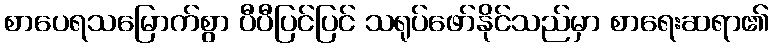
စာပေရသမြောက်စွာ ပီပီပြင်ပြင် သရုပ်ဖော်နိုင်သည်မှာ စာရေးဆရာ၏